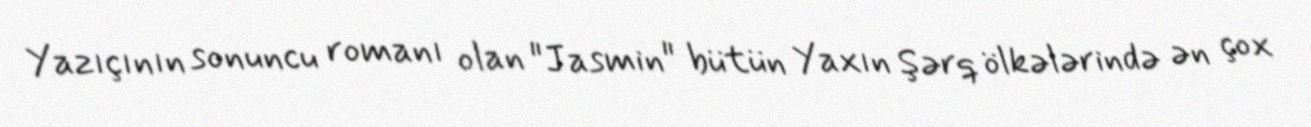
Yazıçının sonuncu romanı olan "Jasmin" bütün Yaxın Şərq ölkələrində ən çox